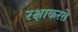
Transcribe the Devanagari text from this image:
रक्षाकरते